Vaccination in the Punjab 1897-1904 - 1897-1904
Year: 1897
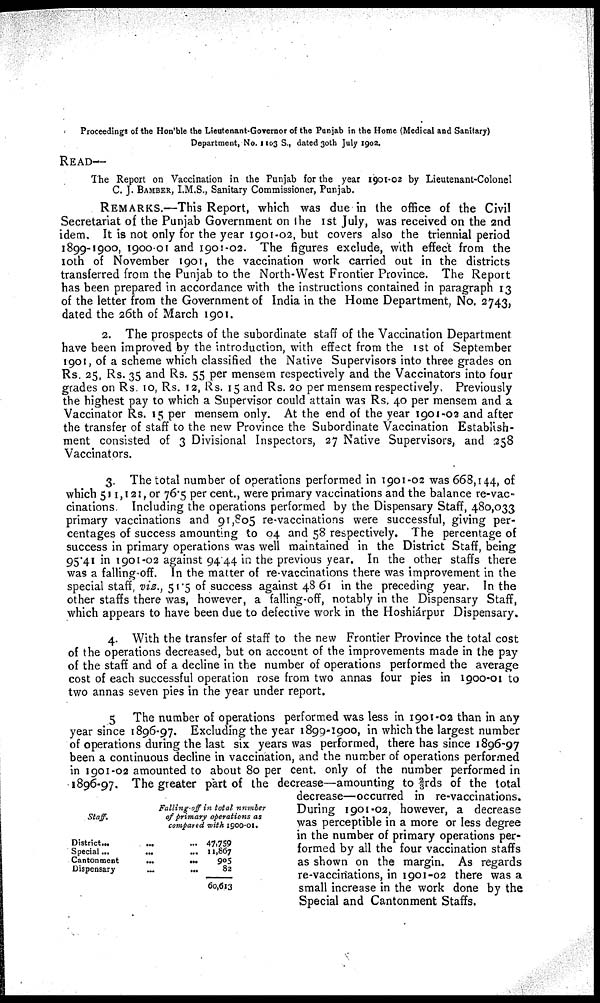
Proceedings of the Hon'ble the Lieutenant-Governor of the Punjab in the Home (Medical and Sanitary)
Department, No. 1103 S., dated 30th July 1902.
READ—
The Report on Vaccination in the Punjab for the year 1901-02 by Lieutenant-Colonel
C. J. BAMBER, I.M.S., Sanitary Commissioner, Punjab.
REMARKS.—This Report, which was due in the office of the Civil
Secretariat of the Punjab Government on the 1st July, was received on the 2nd
idem. It is not only for the year 1901-02, but covers also the triennial period
1899-1900, 1900-01 and 1901-02. The figures exclude, with effect from the
10th of November 1901, the vaccination work carried out in the districts
transferred from the Punjab to the North-West Frontier Province. The Report
has been prepared in accordance with the instructions contained in paragraph 13
of the letter from the Government of India in the Home Department, No. 2743,
dated the 26th of March 1901.
2. The prospects of the subordinate staff of the Vaccination Department
have been improved by the introduction, with effect from the 1st of September
1901, of a scheme which classified the Native Supervisors into three grades on
Rs. 25, Rs. 35 and Rs. 55 per mensem respectively and the Vaccinators into four
grades on Rs.10, Rs. 12, Rs. 15 and Rs. 20 per mensem respectively. Previously
the highest pay to which a Supervisor could attain was Rs. 40 per mensem and a
Vaccinator Rs. 15 per mensem only. At the end of the year 1901-02 and after
the transfer of staff to the new Province the Subordinate Vaccination Establish-
ment consisted of 3 Divisional Inspectors, 27 Native Supervisors, and 258
Vaccinators.
3. The total number of operations performed in 1901-02 was 668, 144, of
which 511,121, or 76.5 per cent., were primary vaccinations and the balance re-vac-
cinations. Including the operations performed by the Dispensary Staff, 480,033
primary vaccinations and 91,805 re-vaccinations were successful, giving per-
centages of success amounting to 04 and 58 respectively. The percentage of
success in primary operations was well maintained in the District Staff, being
95.41 in 1901-02 against 94.44 in the previous year. In the other staffs there
was a falling off. In the matter of re-vaccinations there was improvement in the
special staff, viz., 51.5 of success against 48.61 in the preceding year. In the
other staffs there was, however, a falling-off, notably in the Dispensary Staff,
which appears to have been due to defective work in the Hoshiárpur Dispensary.
4. With the transfer of staff to the new Frontier Province the total cost
of the operations decreased, but on account of the improvements made in the pay
of the staff and of a decline in the number of operations performed the average
cost of each successful operation rose from two annas four pies in 1900-01 to
two annas seven pies in the year under report.
5 The number of operations performed was less in 1901-02 than in any
year since 1896-97. Excluding the year 1899-1900, in which the largest number
of operations during the last six years was performed, there has since 1896-97
been a continuous decline in vaccination, and the number of operations performed
in 1901-02 amounted to about 80 per cent. only of the number performed in
1896-97. The greater part of the decrease—amounting to 2/3rds of the total
decrease—occurred in re-vaccinations.
During 1901-02, however, a decrease
was perceptible in a more or less degree
in the number of primary operations per-
formed by all the four vaccination staffs
as shown on the margin. As regards
re-vaccinations, in 1901-02 there was a
small increase in the work done by the
Special and Cantonment Staffs.
Staff.
District
Special...
Cantonment
Dispensary
Falling off in total number
of primary operations as
compared with 1900-01.
... ... 47,759
... ... 11,867
...
...
905
...
...
82
60,613